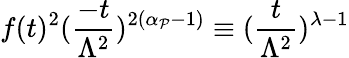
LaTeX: f(t)^{2}(\frac{-t}{\Lambda^{2}})^{2(\alpha_{{\cal P}}-1)}\equiv(\frac{t}{\Lambda^{2}})^{\lambda-1}